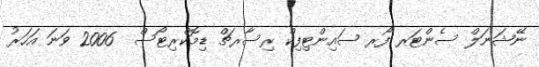
ނޭޝަނަލް ސެންޓަރ ފޯރ ސައިންޓިފިކް ރިސާރޗް ޑިމޮކްރިޓޯސް  2006 ވަނަ އަހަރު